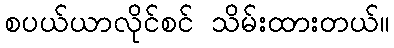
စပယ်ယာလိုင်စင် သိမ်းထားတယ်။